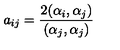
a _ { i j } = \frac { 2 ( \alpha _ { i } , \alpha _ { j } ) } { ( \alpha _ { j } , \alpha _ { j } ) }